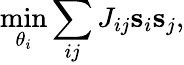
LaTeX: \operatorname*{min}_{\theta_{i}}\sum_{ij}J_{ij}{\mathbf s}_{i}{\mathbf s}_{j},